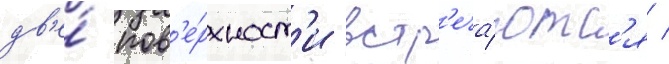
дв'е́ пов'е́рхност'и встр'еча́ютс'я /